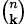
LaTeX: \scriptstyle{\binom{n}{\mathbf{k}}}